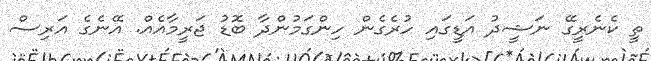
ތީ ކެނެރީގޭ ނަޝީދު އަޑީގައި ހުރެގެން ހިންގަމުންދާ ބޮޑު ޖަރީމާއެއް. އޭނެގެ އަރިސް